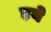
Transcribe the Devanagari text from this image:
ड़ने